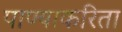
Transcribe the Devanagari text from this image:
पाण्याकरिता